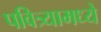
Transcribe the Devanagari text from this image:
पवित्र्यामध्ये